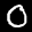
Label: 0